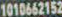
1010662152